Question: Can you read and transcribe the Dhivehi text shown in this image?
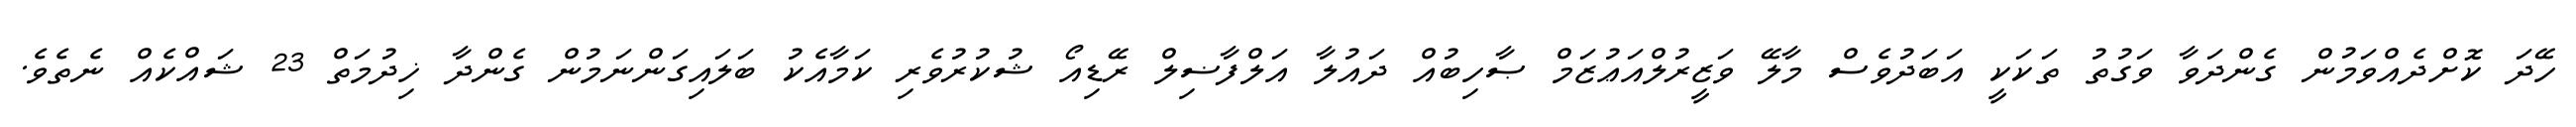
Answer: ހޭދަ ކޮށްދެއްވަމުން ގެންދަވާ ވަގުތު ތަކަކީ އަބަދުވެސް މާލޭ ވަޒީރުލްއަޢުޒަމް ޞާހިބުއް ދައުލާ އަލްފާޟިލް ރޭޑިއޯ ޝުކުރުވެރި ކަމާއެކު ބަލައިގަންނަމުން ގެންދާ ޚިދުމަތް 23 ޝައްކެއް ނެތެވެ.